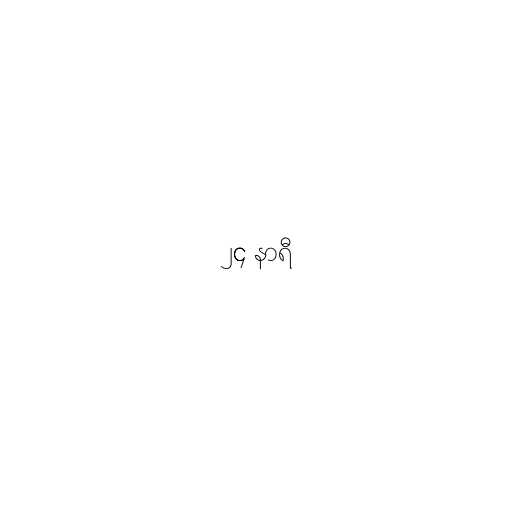
၂၄ နာရီ